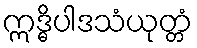
ဣဒ္ဓိပါဒသံယုတ္တံ